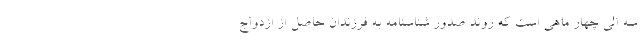
سه الی چهار ماهی است که روند صدور شناسنامه به فرزندان حاصل از ازدواج